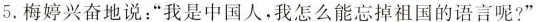
5.梅婷兴奋地说：”我是中国人，我怎么能忘掉祖国的语言呢?”